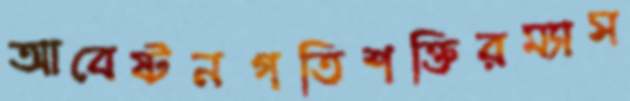
আবেষ্টনগতিশক্তিরম্যাস